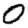
Digit: 0